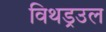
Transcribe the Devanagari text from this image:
विथड्रउल